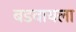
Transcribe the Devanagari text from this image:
बडवायला